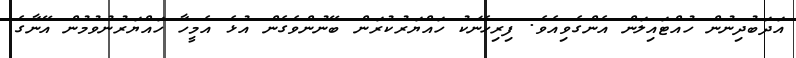
އަދަބުދިނުން ހުއްޓައިލަން އެންގެވިއެވެ. ފިރިހެނަކު ހައްޔަރުކުރަން ބޭނުންވެގެން އުޅެ އެމީހާ ހައްޔަރުނުވުމުން އޭނާގެ